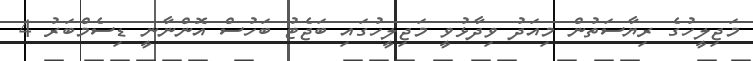
މަޖިލީހުގެ ރިޔާސަތުން މިއަދު ވިދާޅުވީ މަޖިލީހުގައި ބަޖެޓު ބަހުސް އޮންނާނީ ޑިސެމްބަރު 4